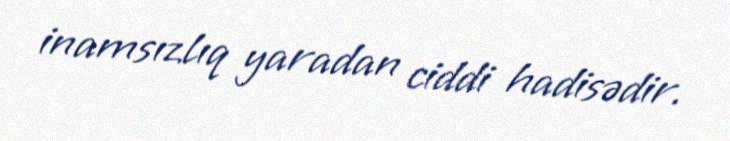
inamsızlıq yaradan ciddi hadisədir.